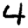
Digit: 4